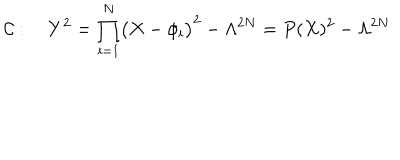
LaTeX: { \cal C } : \quad Y ^ { 2 } = \prod _ { i = 1 } ^ { N } \bigl ( X - \phi _ { i } \bigr ) ^ { 2 } - \Lambda ^ { 2 N } = P ( X ) ^ { 2 } - \Lambda ^ { 2 N }